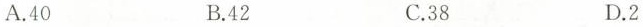
A.40 B.42 C.38 D.2